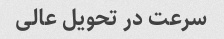
سرعت در تحویل عالی